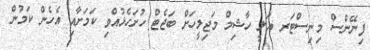
ފިނޭންސް މިނިސްޓަރ އަލީ ހާޝިމް މަޖިލީހަށް ބަޖެޓް ހުށަހެޅުއްވި ކަމަށާއި އެހެން ކަމުން